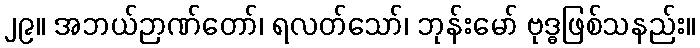
၂၉။ အဘယ်ဉာဏ်တော်၊ ရလတ်သော်၊ ဘုန်းမော် ဗုဒ္ဓဖြစ်သနည်း။